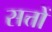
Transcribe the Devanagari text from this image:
सत्तों